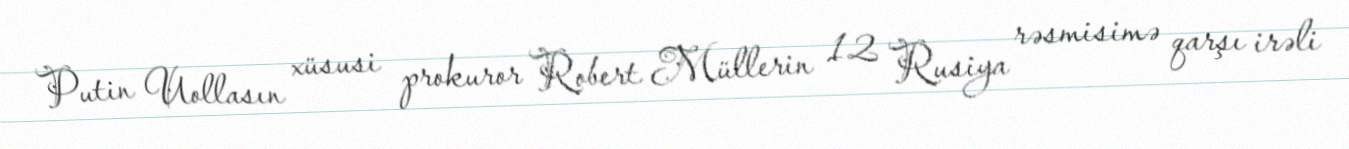
Putin Uollasın xüsusi prokuror Robert Müllerin 12 Rusiya rəsmisimə qarşı irəli